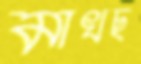
মাখছ